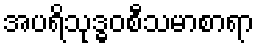
အပရိသုဒ္ဓဝစီသမာစာရာ